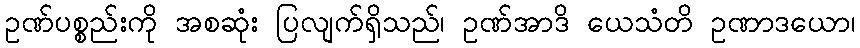
ဥဏ်ပစ္စည်းကို အစဆုံး ပြလျက်ရှိသည်၊ ဥဏ်အာဒိ ယေသံတိ ဥဏာဒယော၊